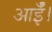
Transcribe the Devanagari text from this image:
आईँ।